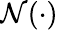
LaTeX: \mathcal{N}(\cdot)